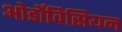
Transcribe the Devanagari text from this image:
ओर्डोविसियन